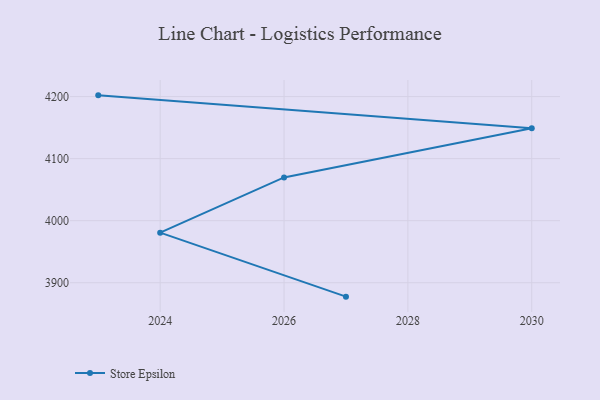
{"axis": {"x": "Year", "y": "Gross Profit (USD K)"}, "legend": ["Store Epsilon"], "data": [{"x": "2023", "y": 4202.0, "type": "Store Epsilon"}, {"x": "2030", "y": 4149.1, "type": "Store Epsilon"}, {"x": "2026", "y": 4069.7, "type": "Store Epsilon"}, {"x": "2024", "y": 3980.7, "type": "Store Epsilon"}, {"x": "2027", "y": 3877.6, "type": "Store Epsilon"}]}